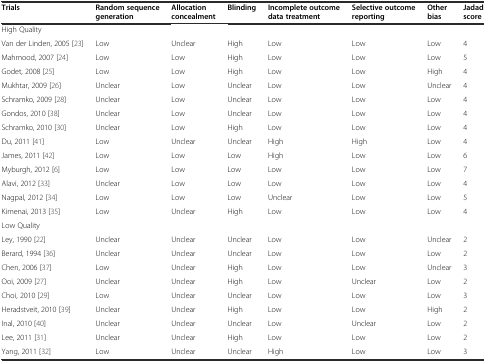
| Trials | Random sequence generation | Allocation concealment | Blinding | Incomplete outcome data treatment | Selective outcome reporting | Other bias | Jadad score |
 | --- | --- | --- | --- | --- | --- | --- | --- |
 | High Quality |  |  |  |  |  |  |  |
 | Van der Linden, 2005 [23] | Low | Unclear | High | Low | Low | Low | 4 |
 | Mahmood, 2007 [24] | Low | Low | High | Low | Low | Low | 5 |
 | Godet, 2008 [25] | Low | Low | High | Low | Low | High | 4 |
 | Mukhtar, 2009 [26] | Unclear | Low | Unclear | Low | Low | Unclear | 4 |
 | Schramko, 2009 [28] | Unclear | Low | Unclear | Low | Low | Low | 4 |
 | Gondos, 2010 [38] | Unclear | Low | Unclear | Low | Low | Low | 4 |
 | Schramko, 2010 [30] | Unclear | Low | High | Low | Low | Low | 4 |
 | Du, 2011 [41] | Low | Unclear | Unclear | High | High | Low | 4 |
 | James, 2011 [42] | Low | Low | Low | High | Low | Low | 6 |
 | Myburgh, 2012 [6] | Low | Low | Low | Low | Low | Low | 7 |
 | Alavi, 2012 [33] | Unclear | Low | Low | Low | Low | Low | 4 |
 | Nagpal, 2012 [34] | Low | Low | Low | Unclear | Low | Low | 5 |
 | Kimenai, 2013 [35] | Low | Unclear | High | Low | Low | Low | 4 |
 | Low Quality |  |  |  |  |  |  |  |
 | Ley, 1990 [22] | Unclear | Unclear | Unclear | Low | Low | Unclear | 2 |
 | Berard, 1994 [36] | Unclear | Unclear | Unclear | Low | Low | Low | 2 |
 | Chen, 2006 [37] | Low | Unclear | High | Low | Low | Unclear | 3 |
 | Ooi, 2009 [27] | Unclear | Unclear | High | Low | Unclear | Low | 2 |
 | Choi, 2010 [29] | Low | Unclear | Unclear | Low | Low | Low | 3 |
 | Heradstveit, 2010 [39] | Unclear | Unclear | High | Low | Low | High | 2 |
 | Inal, 2010 [40] | Unclear | Unclear | Unclear | Low | Unclear | Low | 2 |
 | Lee, 2011 [31] | Unclear | Unclear | High | Low | Low | Low | 2 |
 | Yang, 2011 [32] | Low | Unclear | Unclear | High | Low | Low | 3 |